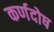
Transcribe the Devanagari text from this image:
कर्णदोष